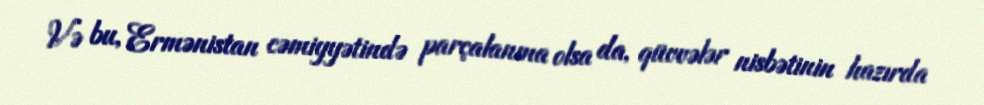
Və bu, Ermənistan cəmiyyətində parçalanma olsa da, qüvvələr nisbətinin hazırda